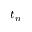
t _ { n }